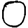
Digit: 0